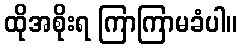
ထိုအစိုးရ ကြာကြာမခံပါ။